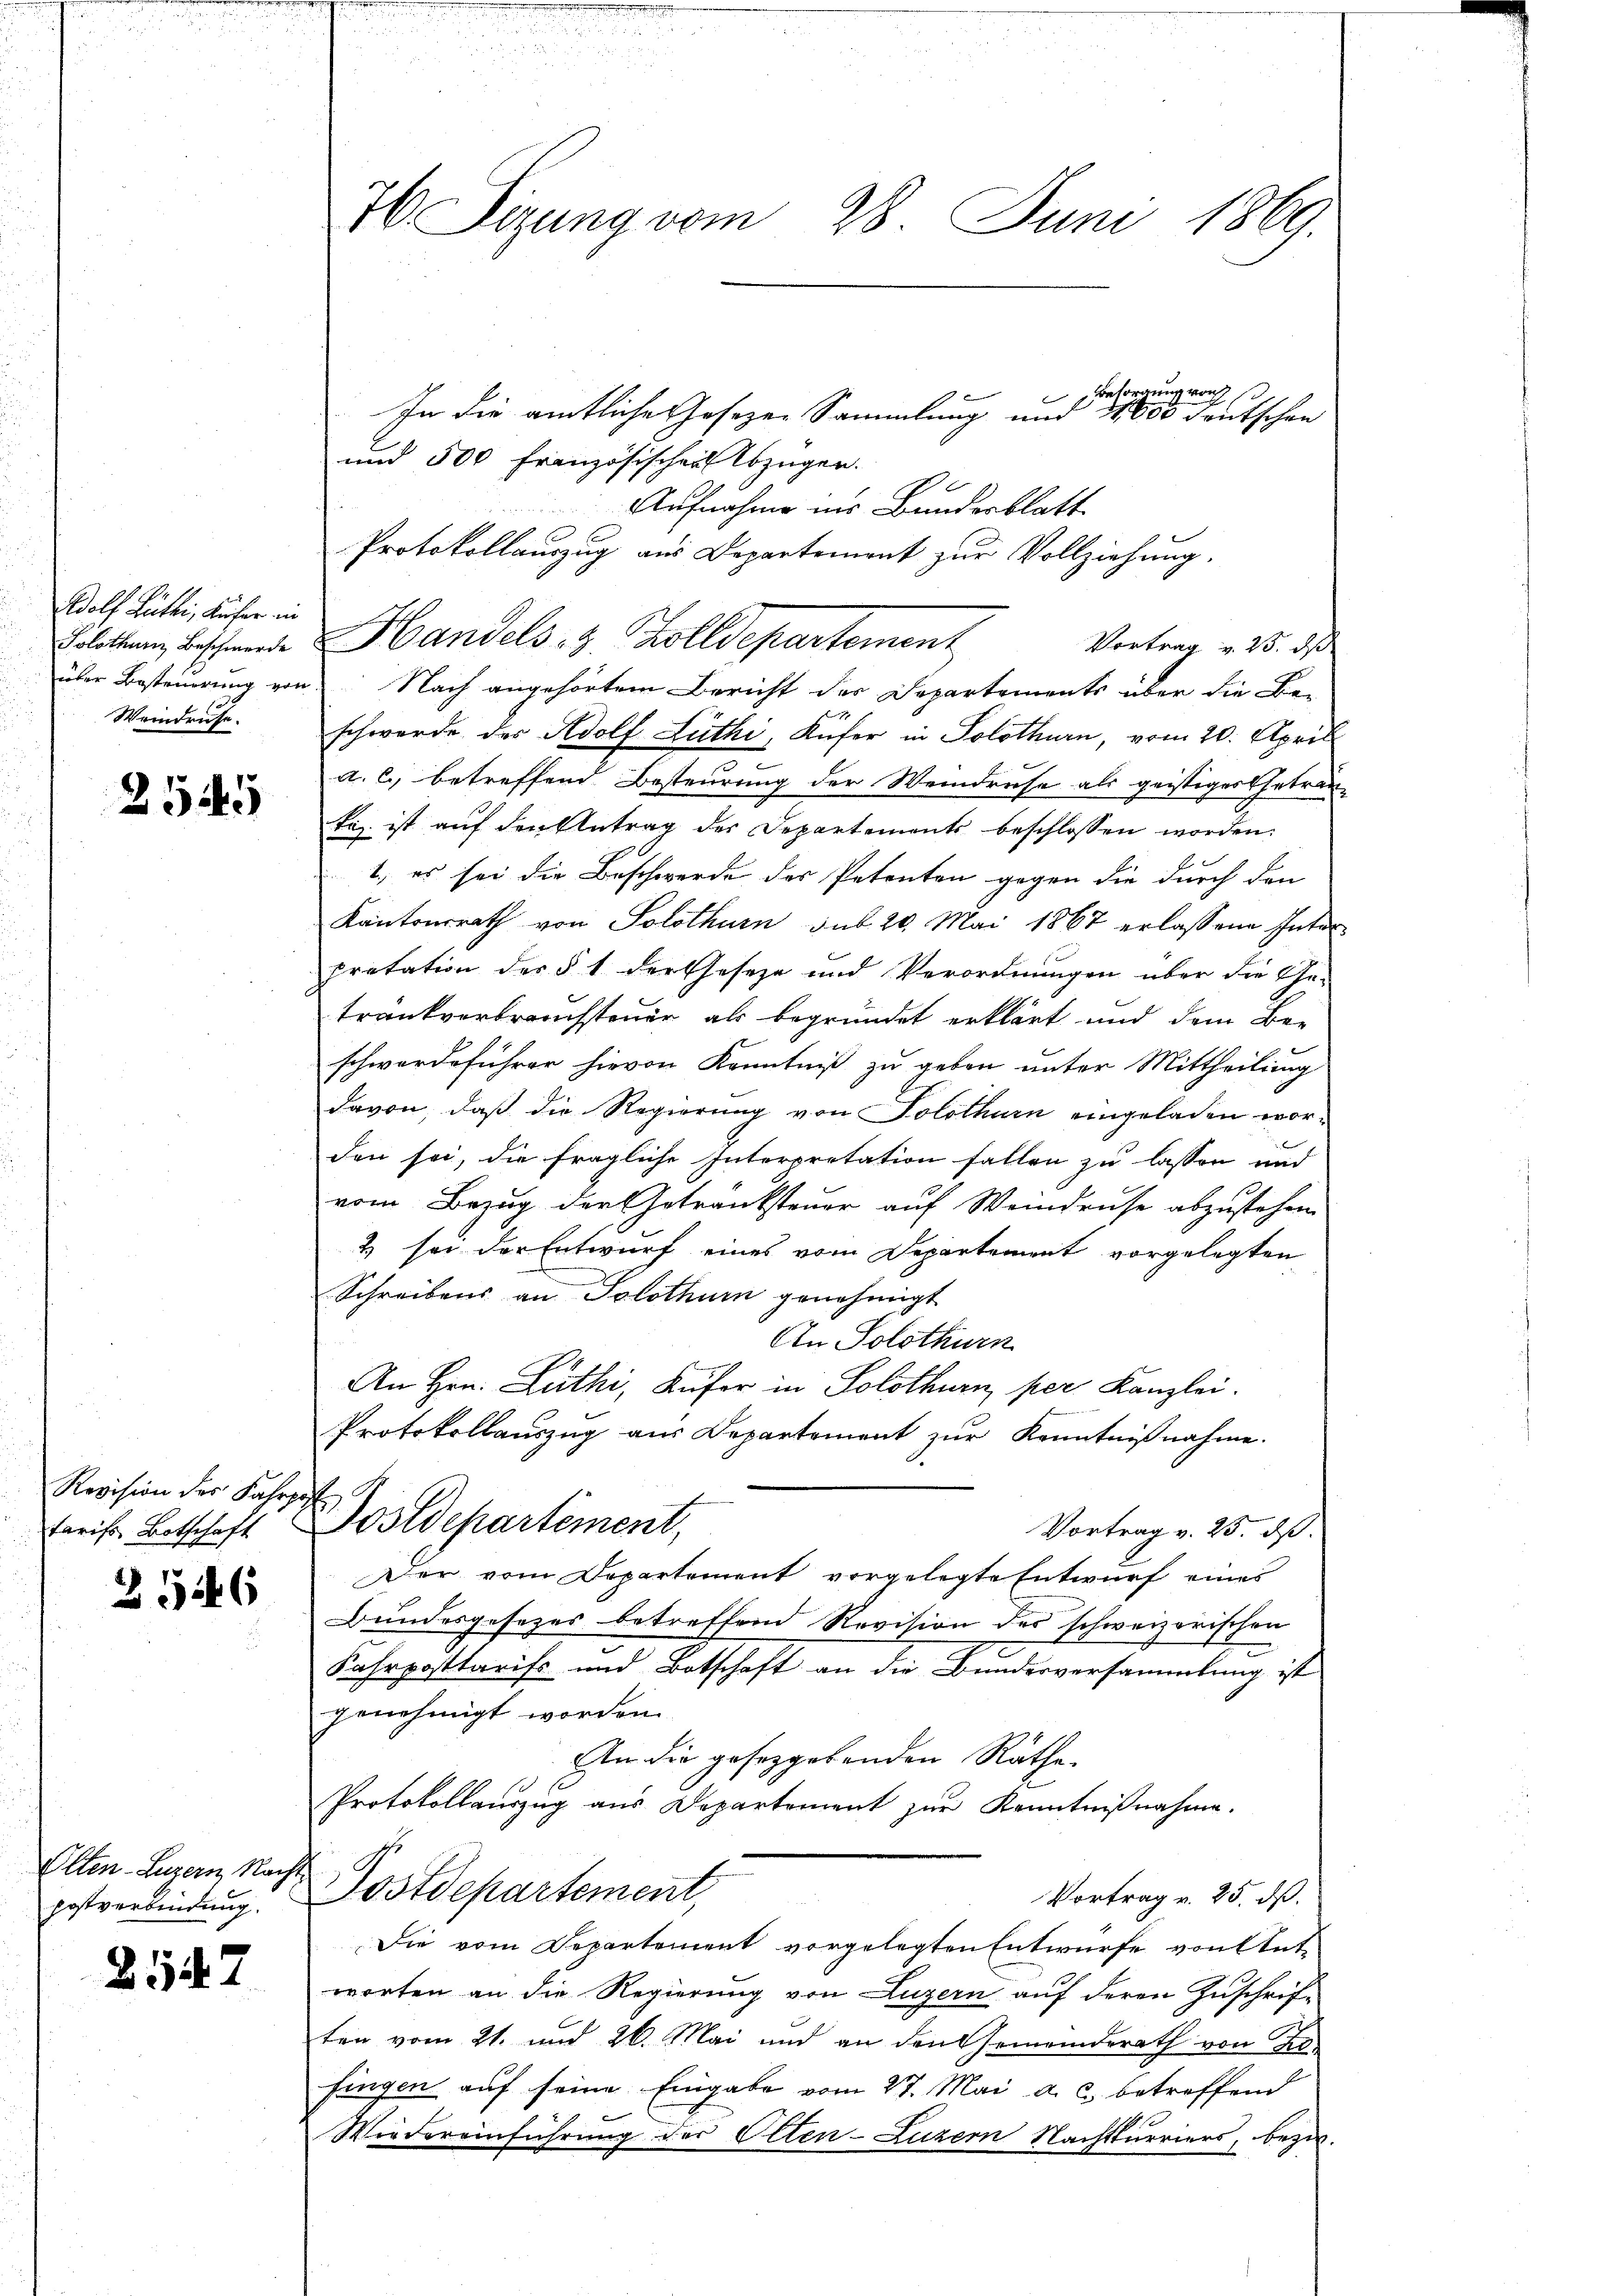
Adolf Lüth, Küfer in
Solothurn, Beschwerde
Weindruhe.

2545

Revision des Fahrp
tarifs Botschaft

2546

Olten Luzern Nacht
postverbindung.

2547

7 Sizung vom 28. Juni 1869.

Besorgung vorh
In die amtliche Josezen Sammlung und 11000 deutschen
und 500 Französischen Abzügen.
A
Aufnahme ins Bundesblatt
Protokollauszug aus Departement zur Vollziehung,
Handels, z. Zolldepartement
Vortrag v. 25. dß
über Besteuerung von Nach angehörtem Bericht der Departements über die Be-
schwerde der Adolf Lüthi, Küfer in Solothurn, vom 20. April
a. c. betreffend Besteurung der Weindruse als geistiges Getrau-
ti, ist auf den Antrag des Departements beschlossen worden.
1., es sei die Beschwerde des Petenten gegen die durch den
Kantonsrath von Solothurn sub 20. Mai 1867 erlassene Interpretation des § 1 der Gesetze und Verordnungen über die Ge-
tränkverbrauchsteuer als begründet erklärt und dem Be-
schwerdeführer hievon Kenntniß zu geben unter Mittheilung
davon, daß die Regierung von Solothurn eingeladen worden sei, die fragliche Interpretation fallen zu lassen und
vom Bezug der Getränksteuer auf Weindruse abzustehen
2 sei der Entwurf eines vom Departement vorgelegten
Schreibens an Solothur genehmigt
An Solothurn
An Hrn. Luthi, Küfer in Solothurn per Kanzlei.
Protokollauszug aus Departement zur Kenntnißnahme.
Postdepartement,
Vortrag v. 25. dß.
Der vom Departement vorgelegte Entwurf eines
Bundesgesezes betreffend Revision des schweizerischen
Fahrposttaris- und Botschaft an die Bundesversammlung ist
genehmigt worden.
An die gesetzgebenden Räthe.
Protokollauszug aus Departement zur Kenntnißnahme.
Postdepartement,
Vortrag v. 25. dß.
Die vom Departement vorgelegten Entwurfe von tute
worten an die Regierung von Luzern auf deren Zuschriften vom 21. und 26. Mai und an den Gemeinderath von Kl
fingen auf seine Eingabe vom 27. Mai a. c. betreffend
1
Wiedereinführung der Olten-Luzern Nachtturriers, bezw.